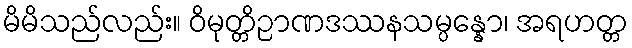
မိမိသည်လည်း။ ဝိမုတ္တိဉာဏဒဿနသမ္ပန္နော၊ အရဟတ္တ